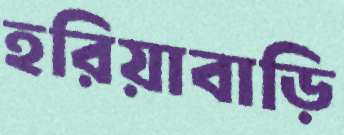
হরিয়াবাড়ি